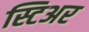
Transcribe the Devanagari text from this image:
स्टिअर